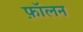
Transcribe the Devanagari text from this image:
फ़ॉलन